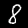
Digit: 8